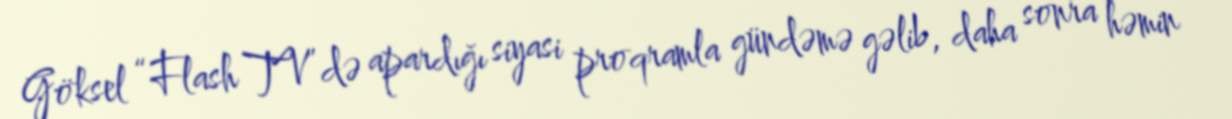
Göksel “Flash TV”də apardığı siyasi proqramla gündəmə gəlib, daha sonra həmin